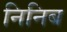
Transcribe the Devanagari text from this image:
निनिब